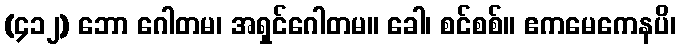
(၄၁၂) ဘော ဂေါတမ၊ အရှင်ဂေါတမ။ ခေါ၊ စင်စစ်။ ဧကမေကေနပိ၊